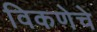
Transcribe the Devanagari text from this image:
विकणेचे